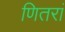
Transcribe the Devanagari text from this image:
णितरां